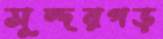
সুন্দরগড়